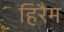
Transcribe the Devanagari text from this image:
हिरैम